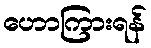
ဟောကြားရန်